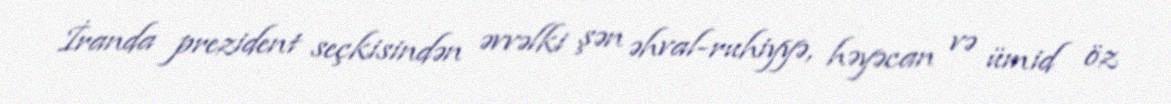
İranda prezident seçkisindən əvvəlki şən əhval-ruhiyyə, həyəcan və ümid öz